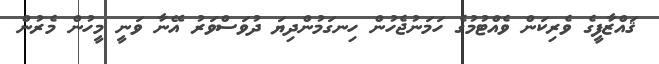
ޤައްޒާފީގެ ވެރިކަން ވެއްޓުމުގެ ހަމަނުޖެހުން ހިނގަމުންދިޔަ ދުވަސްވަރު އޭނާ ވަނީ މީހުން މެރުން